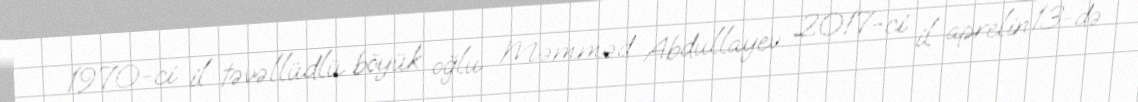
1970-ci il təvəllüdlü böyük oğlu Məmməd Abdullayev 2017-ci il aprelin 13-də